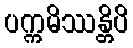
ပက္ကမိဿန္တိပိ